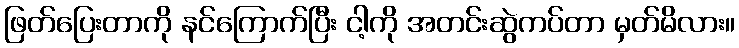
ဖြတ်ပြေးတာကို နင်ကြောက်ပြီး ငါ့ကို အတင်းဆွဲကပ်တာ မှတ်မိလား။